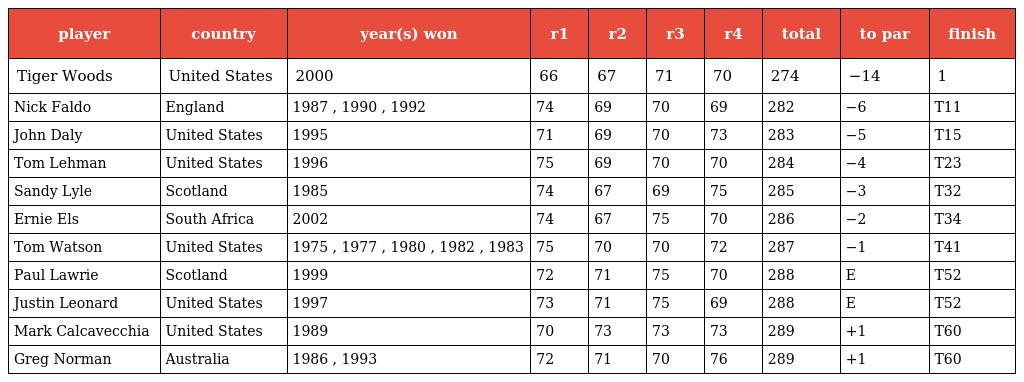
| player | country | year(s) won | r1 | r2 | r3 | r4 | total | to par | finish |
 | --- | --- | --- | --- | --- | --- | --- | --- | --- | --- |
 | Tiger Woods | United States | 2000 | 66 | 67 | 71 | 70 | 274 | −14 | 1 |
 | Nick Faldo | England | 1987 , 1990 , 1992 | 74 | 69 | 70 | 69 | 282 | −6 | T11 |
 | John Daly | United States | 1995 | 71 | 69 | 70 | 73 | 283 | −5 | T15 |
 | Tom Lehman | United States | 1996 | 75 | 69 | 70 | 70 | 284 | −4 | T23 |
 | Sandy Lyle | Scotland | 1985 | 74 | 67 | 69 | 75 | 285 | −3 | T32 |
 | Ernie Els | South Africa | 2002 | 74 | 67 | 75 | 70 | 286 | −2 | T34 |
 | Tom Watson | United States | 1975 , 1977 , 1980 , 1982 , 1983 | 75 | 70 | 70 | 72 | 287 | −1 | T41 |
 | Paul Lawrie | Scotland | 1999 | 72 | 71 | 75 | 70 | 288 | E | T52 |
 | Justin Leonard | United States | 1997 | 73 | 71 | 75 | 69 | 288 | E | T52 |
 | Mark Calcavecchia | United States | 1989 | 70 | 73 | 73 | 73 | 289 | +1 | T60 |
 | Greg Norman | Australia | 1986 , 1993 | 72 | 71 | 70 | 76 | 289 | +1 | T60 |